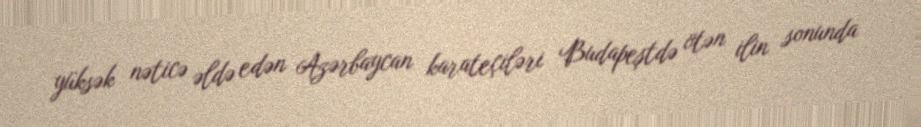
yüksək nəticə əldə edən Azərbaycan karateçiləri Budapeştdə ötən ilin sonunda